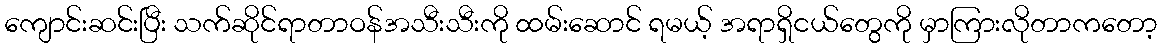
ကျောင်းဆင်းပြီး သက်ဆိုင်ရာတာဝန်အသီးသီးကို ထမ်းဆောင် ရမယ့် အရာရှိငယ်တွေကို မှာကြားလိုတာကတော့